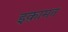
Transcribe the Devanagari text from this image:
इक़ामत